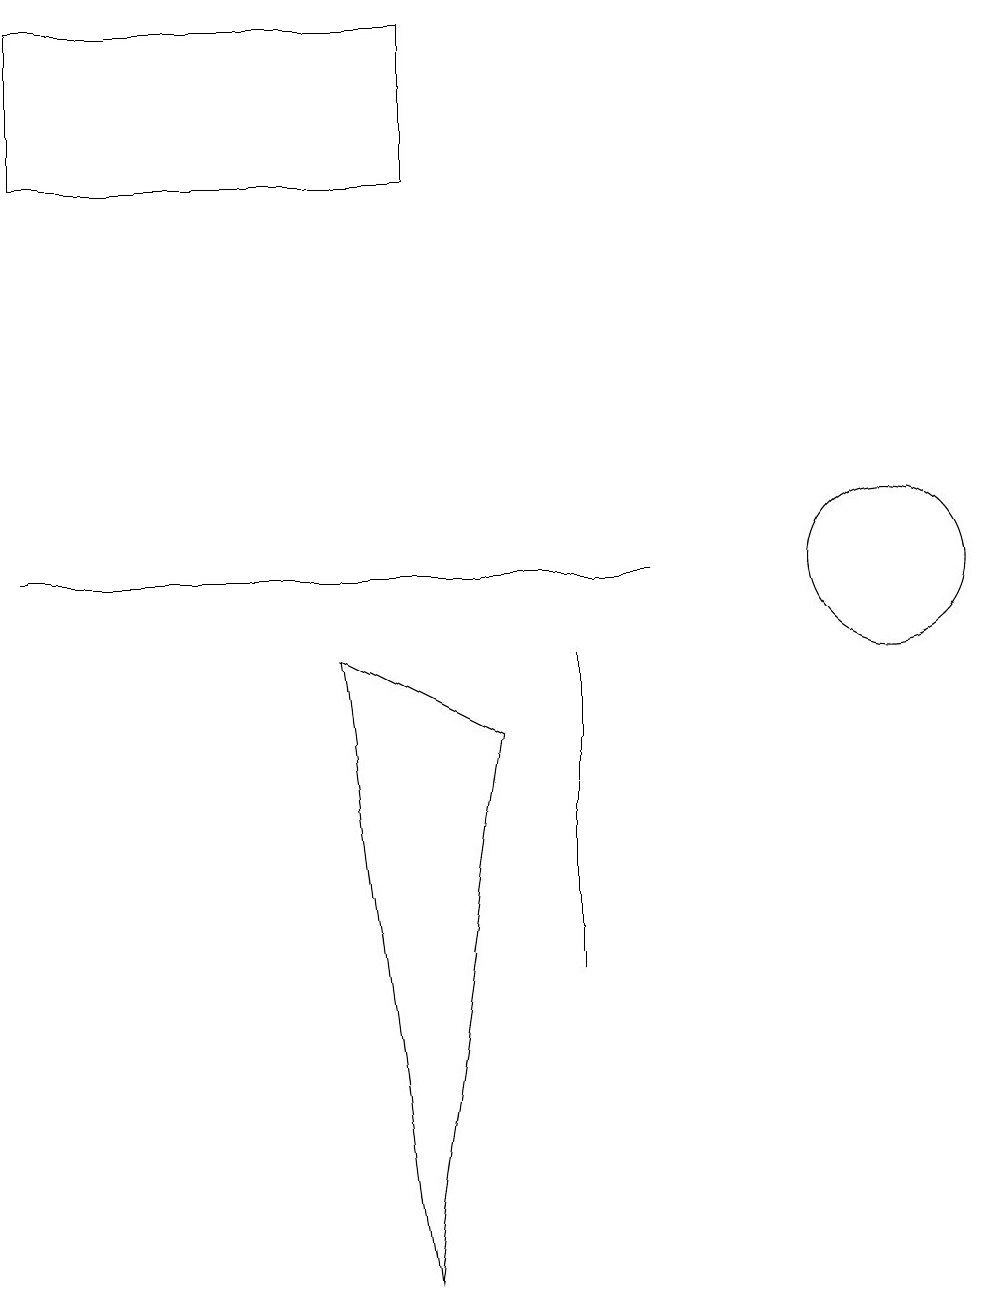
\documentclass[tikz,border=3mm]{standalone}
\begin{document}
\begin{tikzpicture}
\draw (4,9) -- (6,8) -- (5,1) -- cycle;
\draw (7,5) -- (7,7) -- (7,9) -- cycle;
\draw (5,15) rectangle (0,17);
\draw (0,10) rectangle (8,10);
\draw (11,10) circle (1);
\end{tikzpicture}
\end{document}